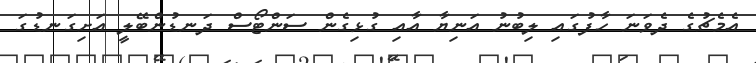
އެމެޗުގެ ދެވަނަ ހާފުގައި ލިބުނު އަނިޔާ އާއި ގުޅިގެން ސަންޓޯސް ދަނޑުންބޭލީ އަށިގަނޑުގަ